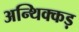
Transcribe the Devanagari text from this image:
अन्थिक्कड़